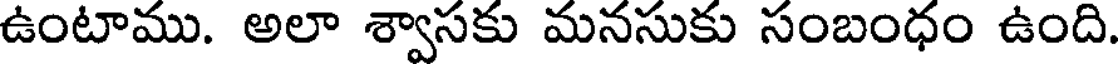
ఉంటాము. అలా శ్వాసకు మనసుకు సంబంధం ఉంది.